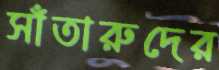
সাঁতারুদের